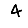
Digit: 4